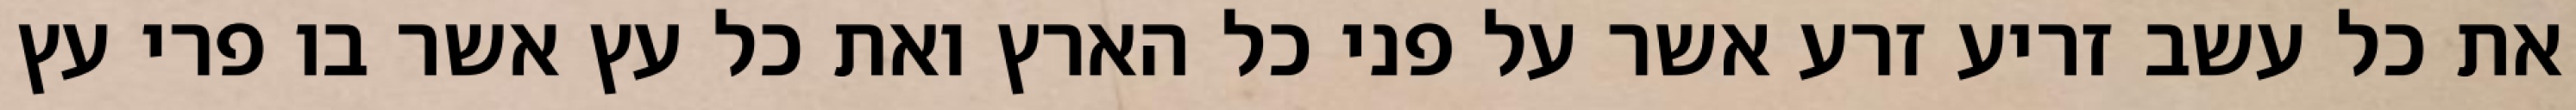
את כל עשב זריע זרע אשר על פני כל הארץ ואת כל עץ אשר בו פרי עץ